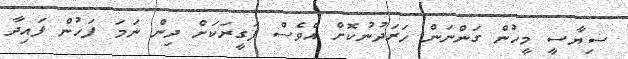
ސިޔާސީ މީހުން ގަންނަން ހަރަދުނުކޮށް އެވެސް ފަގީރަކަށް ދިން ނަމަ ފަހުން ފައިދާ